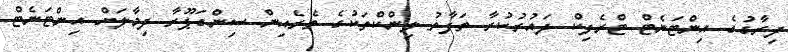
ދިރާގުގެ އިންޓަނެޓް ޓްރެފިކް ދައުރުކުރާ ތަފާތު ލިންކްތަކުގެ ތެރެއިން ސިންގަޕޫރާ ދިމާލަށް އިންޓަނެޓް